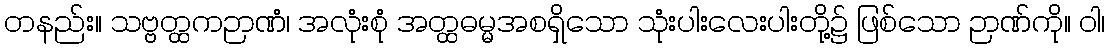
တနည်း။ သဗ္ဗတ္ထကဉာဏံ၊ အလုံးစုံ အတ္ထဓမ္မအစရှိသော သုံးပါးလေးပါးတို့၌ ဖြစ်သော ဉာဏ်ကို။ ဝါ၊